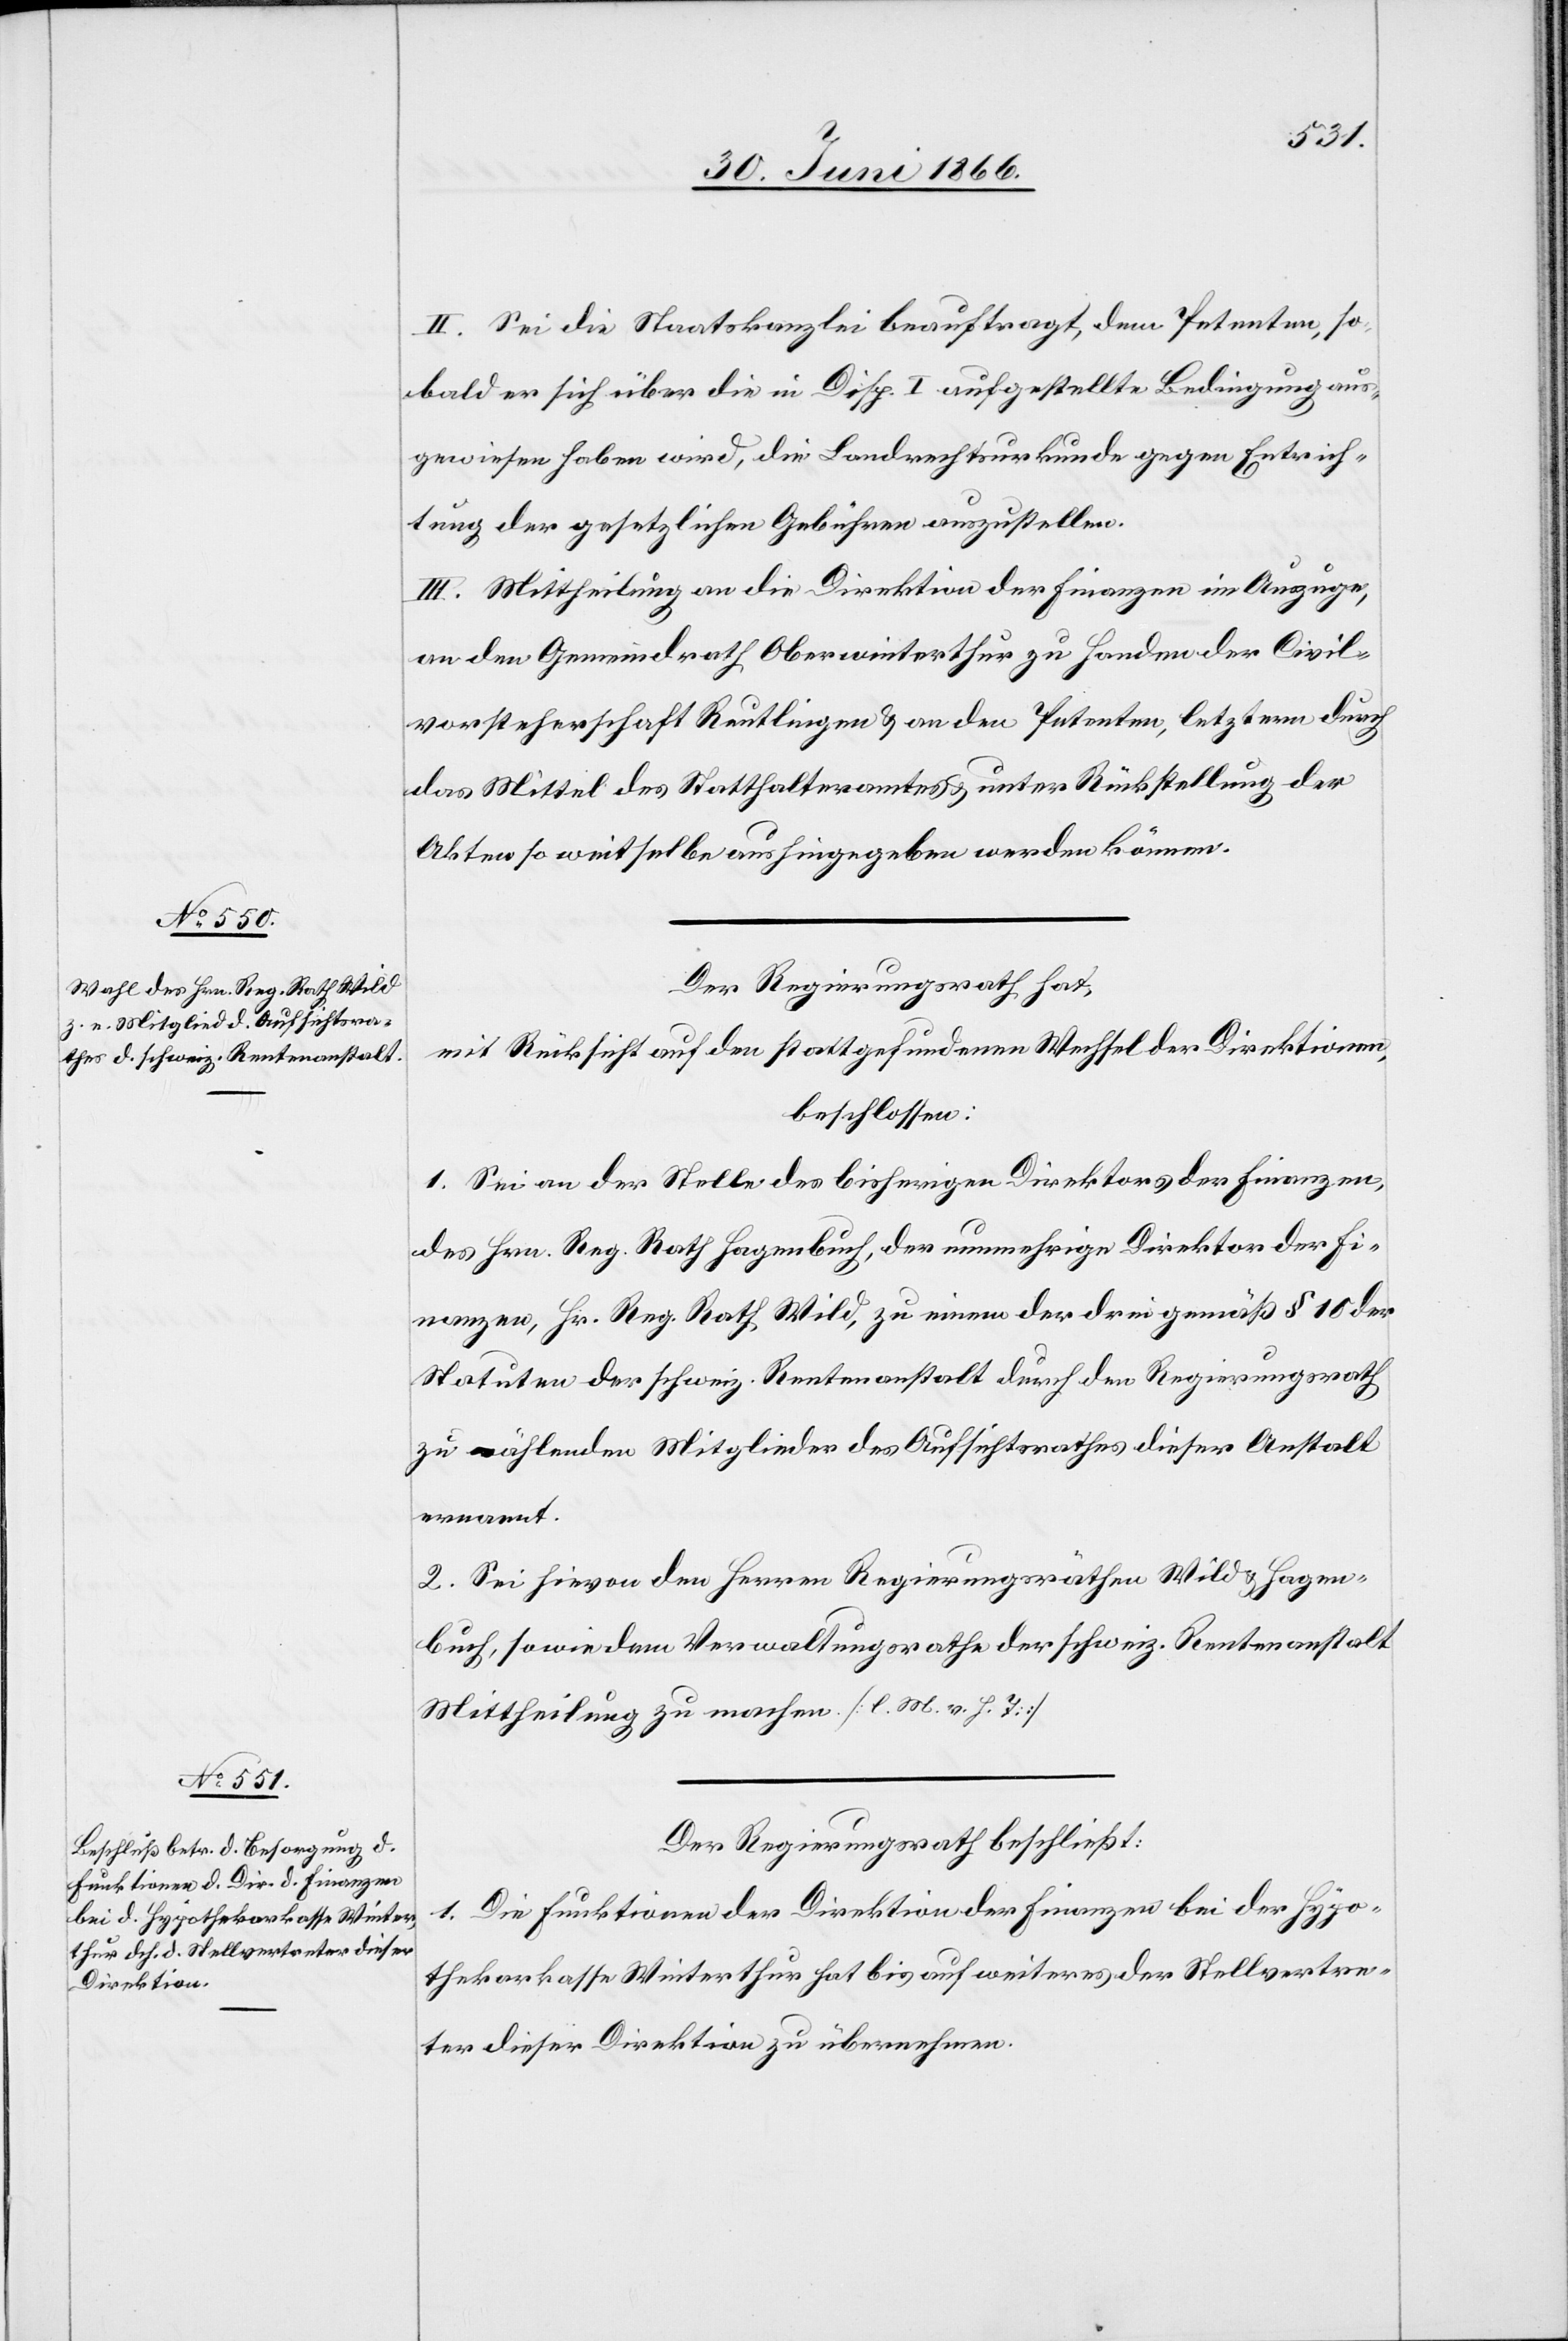
II. Sei die Staatskanzlei beauftragt, dem Petenten, so¬
bald er sich über die in Disp. I aufgestellte Bedingung aus¬
gewiesen haben wird, die Landrechtsurkunde gegen Entrich¬
tung der gesetzlichen Gebühren auszustellen.
III. Mittheilung an die Direktion der Finanzen im Auszuge,
an den Gemeindrath Oberwinterthur zu Handen der Civil¬
vorsteherschaft Reutlingen u. an den Petenten, letzterm durch
das Mittel des Statthalteramtes u. unter Rückstellung der
Akten so weit selbe aushingegeben werden können.
Der Regierungsrath hat,
mit Rücksicht auf den stattgefundenen Wechsel der Direktionen,
beschlossen:
1. Sei an der Stelle des bisherigen Direktors der Finanzen,
des Hrn. Reg. Rath Hagenbuch, der nunmehrige Direktor der Fi¬
nanzen, Hr. Reg. Rath Wild, zu einem der drei gemäß § 10 der
Statuten der schweiz. Rentenanstalt durch den Regierungsrath
zu wählenden Mitglieder des Aufsichtsrathes dieser Anstalt
ernannt.
2. Sei hievon den Herren Regierungsräthen Wild u. Hagen¬
buch, sowie dem Verwaltungsrathe der schweiz. Rentenanstalt
Mittheilung zu machen. [l. M. v. h. T.]
Der Regierungsrath beschließt:
1. Die Funktionen der Direktion der Finanzen bei der Hypo¬
thekenkasse Winterthur hat bis auf weiteres der Stellvertre¬
ter dieser Direktion zu übernehmen.